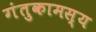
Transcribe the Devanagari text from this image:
गंतुकामस्य